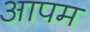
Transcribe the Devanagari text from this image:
आपम